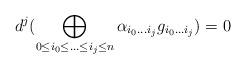
LaTeX: \begin{align*}d^{j}(\displaystyle\bigoplus_{0\le i_0\le...\le i_j\le n}\alpha_{i_0...i_j}g_{i_0...i_j})=0\end{align*}